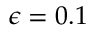
\epsilon = 0 . 1